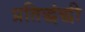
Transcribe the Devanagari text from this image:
प्रतिद्धंद्धी